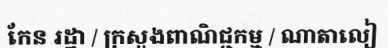
កែន រដ្ឋា / ក្រសួងពាណិជ្ជកម្ម / ណាតាលៀ